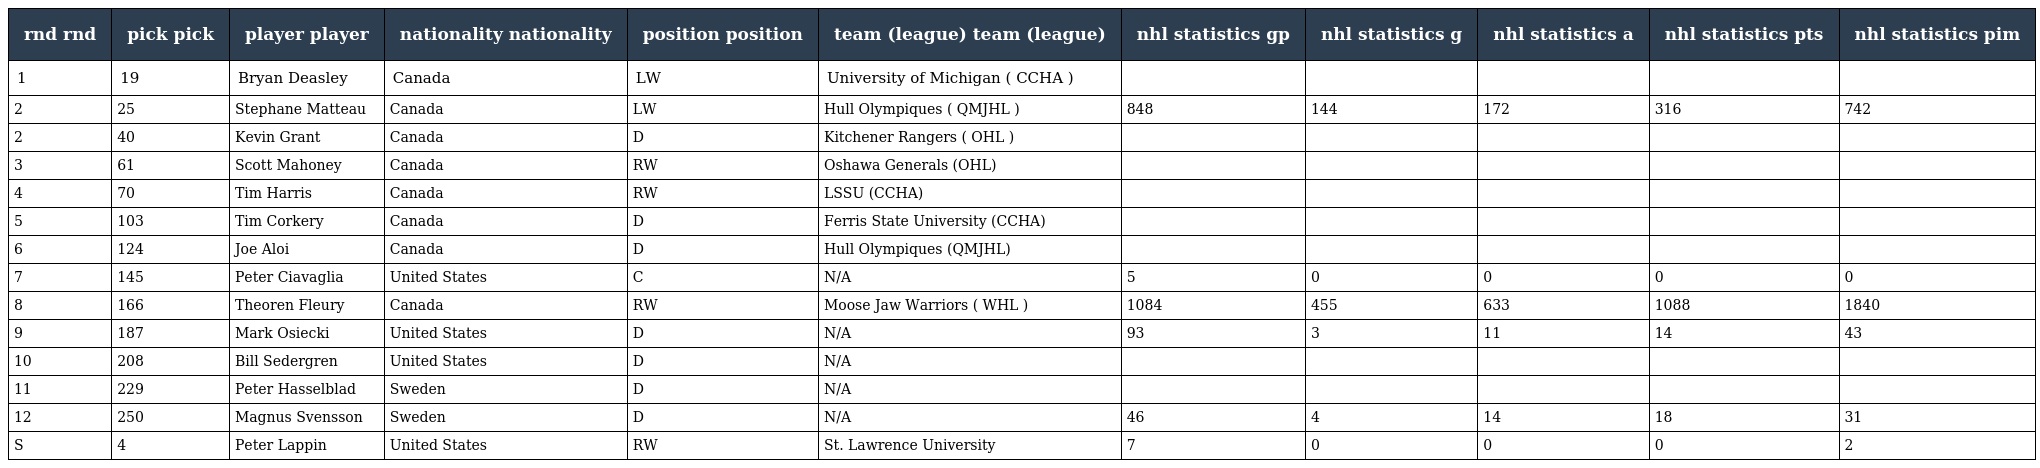
| rnd rnd | pick pick | player player | nationality nationality | position position | team (league) team (league) | nhl statistics gp | nhl statistics g | nhl statistics a | nhl statistics pts | nhl statistics pim |
 | --- | --- | --- | --- | --- | --- | --- | --- | --- | --- | --- |
 | 1 | 19 | Bryan Deasley | Canada | LW | University of Michigan ( CCHA ) |  |  |  |  |  |
 | 2 | 25 | Stephane Matteau | Canada | LW | Hull Olympiques ( QMJHL ) | 848 | 144 | 172 | 316 | 742 |
 | 2 | 40 | Kevin Grant | Canada | D | Kitchener Rangers ( OHL ) |  |  |  |  |  |
 | 3 | 61 | Scott Mahoney | Canada | RW | Oshawa Generals (OHL) |  |  |  |  |  |
 | 4 | 70 | Tim Harris | Canada | RW | LSSU (CCHA) |  |  |  |  |  |
 | 5 | 103 | Tim Corkery | Canada | D | Ferris State University (CCHA) |  |  |  |  |  |
 | 6 | 124 | Joe Aloi | Canada | D | Hull Olympiques (QMJHL) |  |  |  |  |  |
 | 7 | 145 | Peter Ciavaglia | United States | C | N/A | 5 | 0 | 0 | 0 | 0 |
 | 8 | 166 | Theoren Fleury | Canada | RW | Moose Jaw Warriors ( WHL ) | 1084 | 455 | 633 | 1088 | 1840 |
 | 9 | 187 | Mark Osiecki | United States | D | N/A | 93 | 3 | 11 | 14 | 43 |
 | 10 | 208 | Bill Sedergren | United States | D | N/A |  |  |  |  |  |
 | 11 | 229 | Peter Hasselblad | Sweden | D | N/A |  |  |  |  |  |
 | 12 | 250 | Magnus Svensson | Sweden | D | N/A | 46 | 4 | 14 | 18 | 31 |
 | S | 4 | Peter Lappin | United States | RW | St. Lawrence University | 7 | 0 | 0 | 0 | 2 |